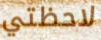
لاحظتي